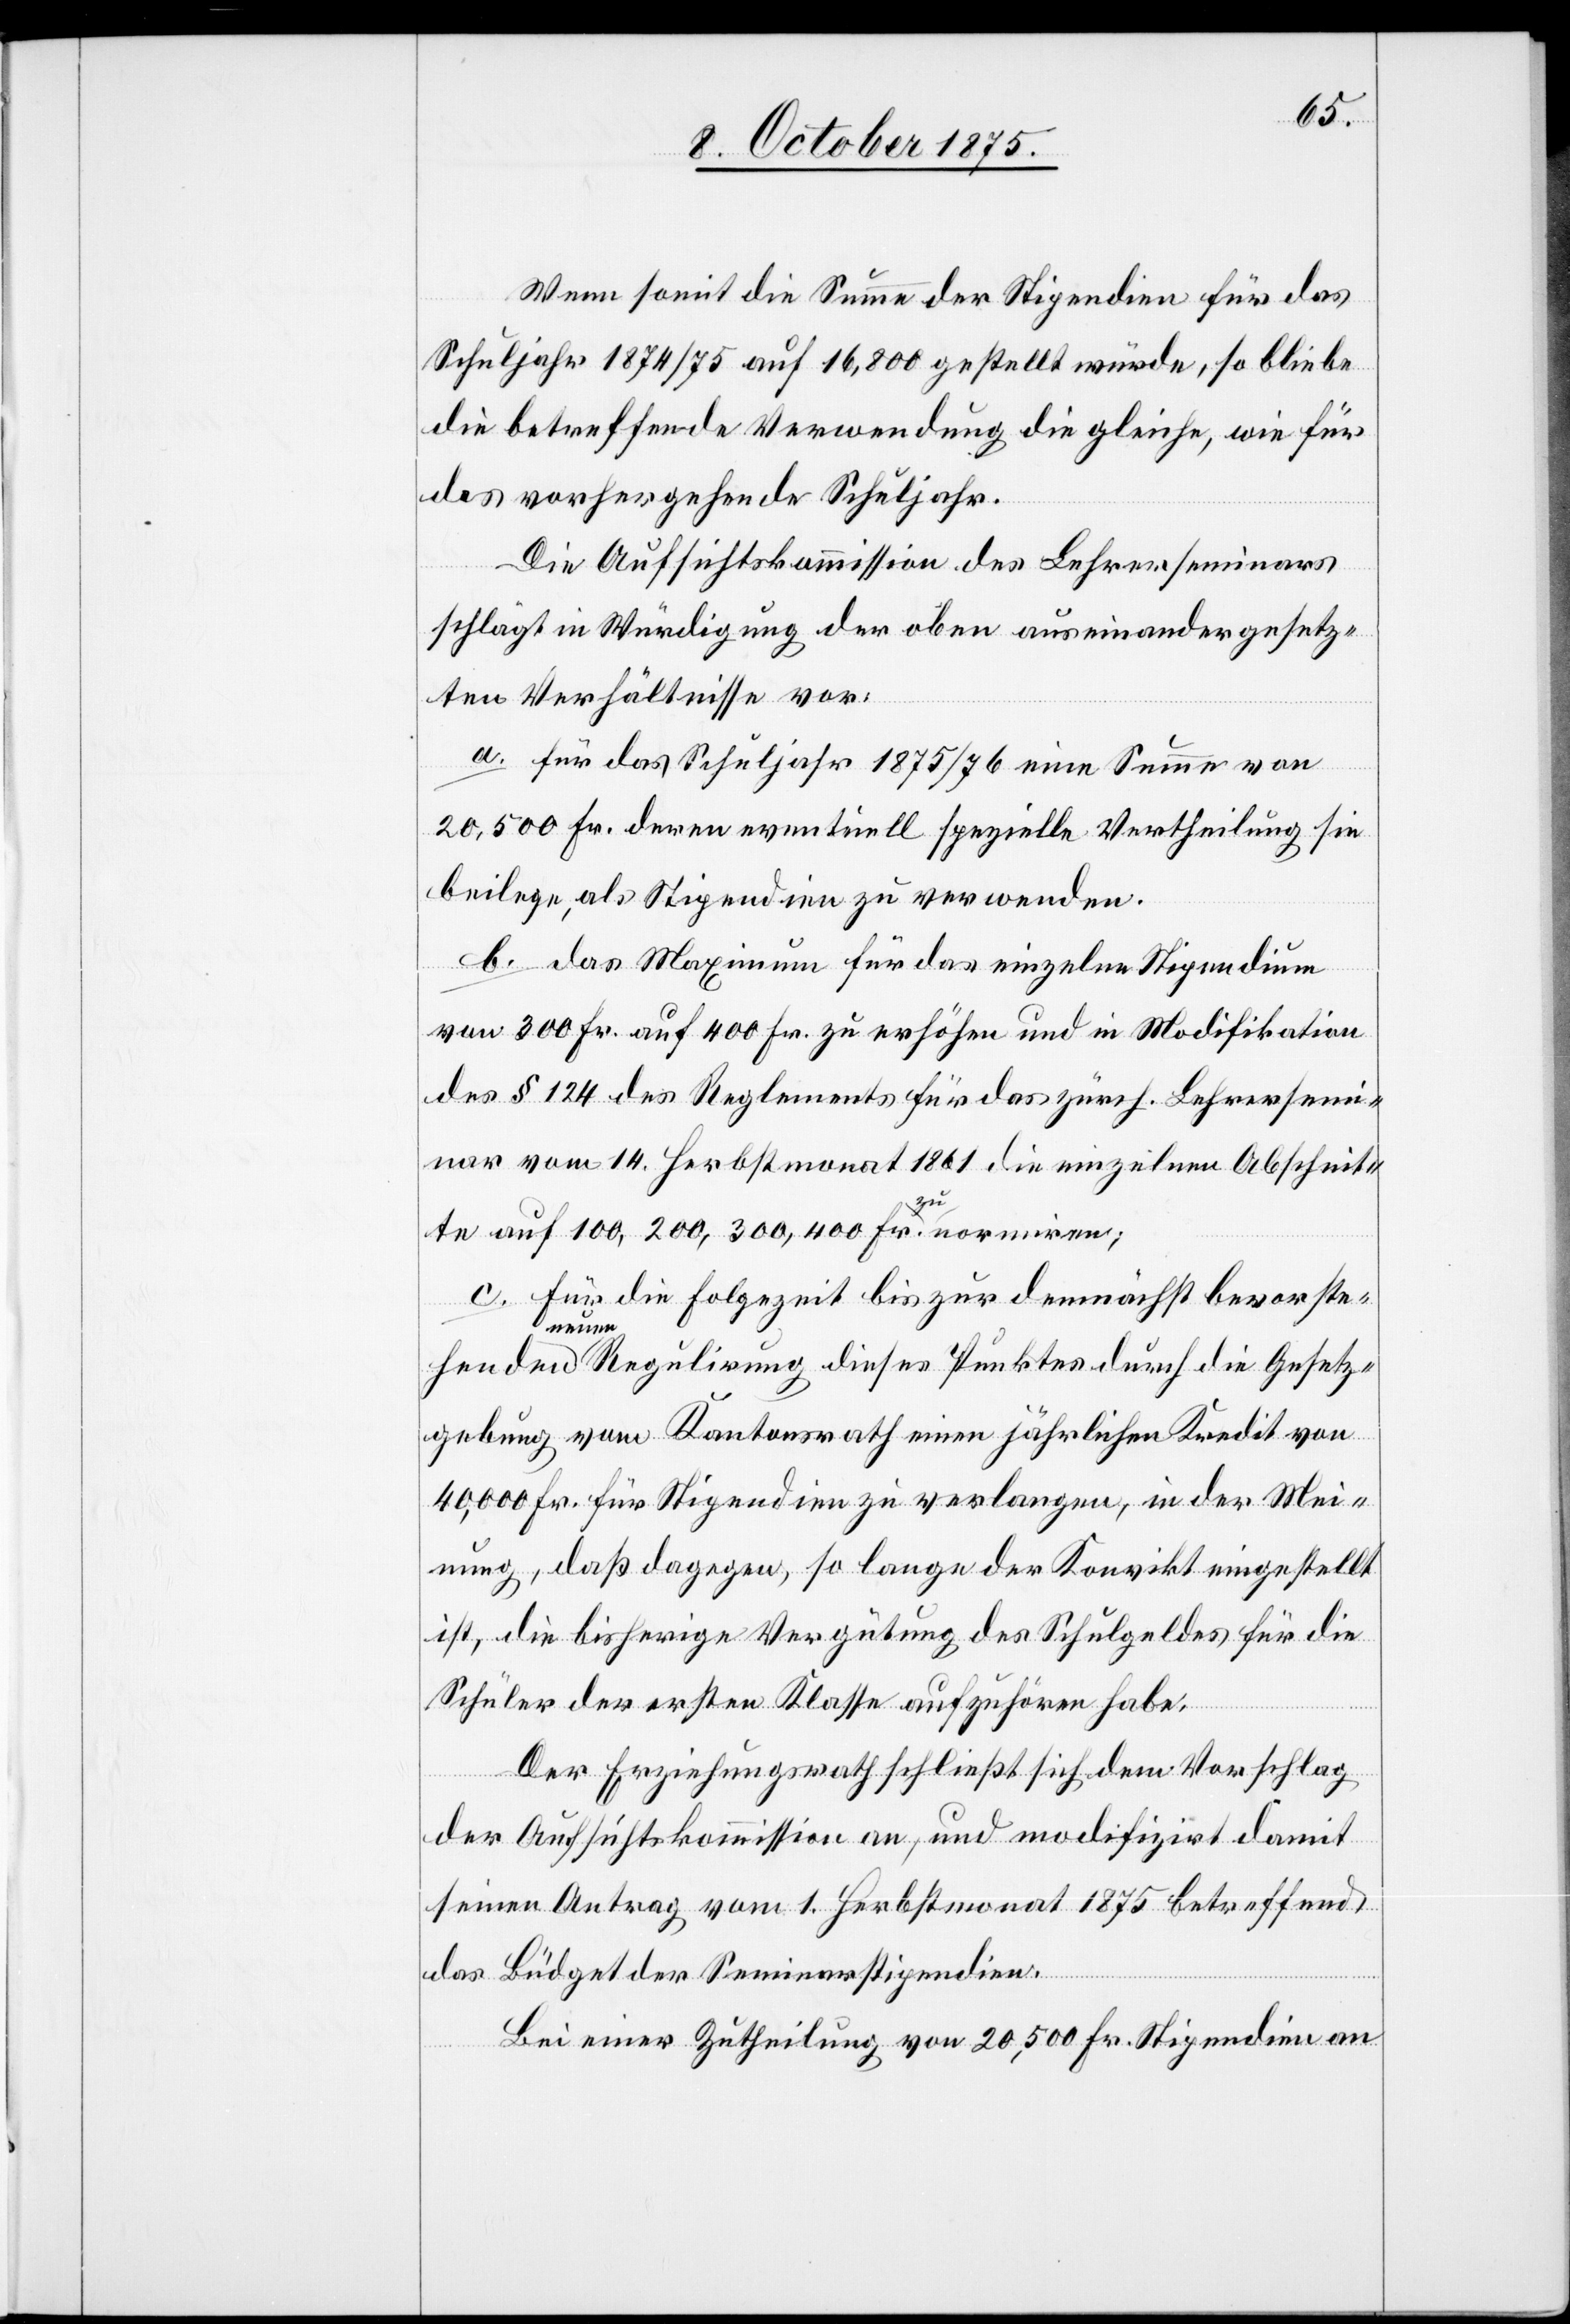
Wenn somit die Summe der Stipendien für das
Schuljahr 1874/75 auf 16,800 gestellt würde, so bliebe
die betreffende Verwendung die gleiche, wie für
das vorhergehende Schuljahr.
Die Aufsichtskommission des Lehrerseminars
schlägt in Würdigung der oben auseinandergesetz¬
ten Verhältnisse vor:
a. für das Schuljahr 1875/76 eine Summe von
20,500 Fr. deren eventuell spezielle Vertheilung sie
beilege, als Stipendien zu verwenden.
b. das Maximum für das einzelne Stipendium
von 300 Fr. auf 400 Fr. zu erhöhen und in Modifikation
des § 124 des Reglements für das zürch. Lehrersemi¬
nar vom 14. Herbstmonat 1861 die einzelnen Abschnit¬
te auf 100, 200, 300, 400 Fr. zu normiren;
c. für die Folgezeit bis zur demnächst bevorste¬
henden
neuen Regulirung dieses Punktes durch die Gesetz¬
gebung vom Kantonsrath einen jährlichen Kredit von
40,000 Fr. für Stipendien zu verlangen, in der Mei¬
nung, daß dagegen, so lange der Konvikt eingestellt
ist, die bisherige Vergütung des Schulgeldes für die
Schüler der ersten Klasse aufzuhören habe.
Der Erziehungsrath schließt sich dem Vorschlag
der Aufsichtskommission an, und modifizirt damit
seinen Antrag vom 1. Herbstmonat 1875 betreffend
das Büdget der Seminarstipendien.
Bei einer Zutheilung von 20,500 Fr. Stipendien an